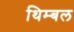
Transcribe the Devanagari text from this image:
थिम्बल